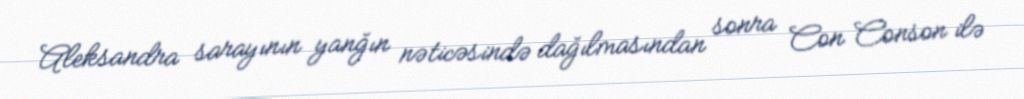
Aleksandra sarayının yanğın nəticəsində dağılmasından sonra Con Conson ilə